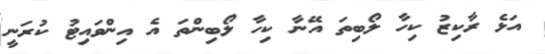
އަޅެ ރާކިޒު ކިހާ ލޯބިތަ އޭނާ ކިހާ ލޯބިންތަ އެ އިންވައިޓު ކުރަނީ